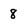
Character: 8